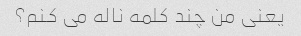
یعنی من چند کلمه ناله می کنم؟